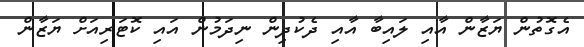
އެގޮތުން ޔަޒާން އާއި ލައިބާ އާއި ދެކުދިން ނިދަމުން އައި ކޮޓަރިއަށް ޔަޒާން